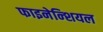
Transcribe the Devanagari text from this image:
फाइनेन्शियल